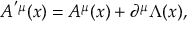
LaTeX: A ^ { ^ { \prime } \mu } ( x ) = A ^ { \mu } ( x ) + \partial ^ { \mu } \Lambda ( x ) ,